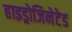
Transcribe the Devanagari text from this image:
हाइड्रोजिनेटेड